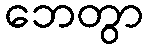
ဘေတွာ